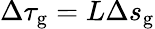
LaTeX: \Delta\tau_{\mathrm{g}}=L\Delta s_{\mathrm{g}}